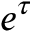
e ^ { \tau }